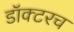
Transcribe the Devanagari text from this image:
डॉक्टरच